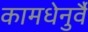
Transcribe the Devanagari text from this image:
कामधेनुर्वै